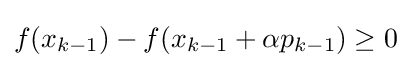
f(x_{k-1})-f(x_{k-1}+\alpha p_{k-1})\geq 0